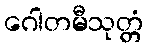
ဂေါတမီသုတ္တံ